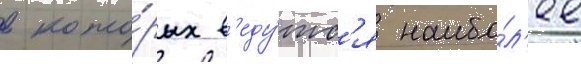
в кото́рых в'еду́тс'я наибо́л'ее